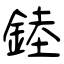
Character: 錴